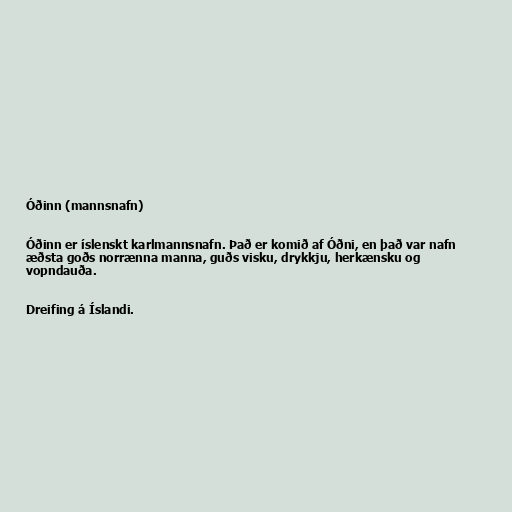
Óðinn (mannsnafn)

Óðinn er íslenskt karlmannsnafn. Það er komið af Óðni, en það var nafn
æðsta goðs norrænna manna, guðs visku, drykkju, herkænsku og
vopndauða.

Dreifing á Íslandi.